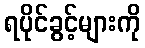
ရပိုင်ခွင့်များကို